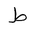
Letter: _da